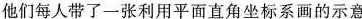
他们每人带了一张利用平面直角坐标系画的示意